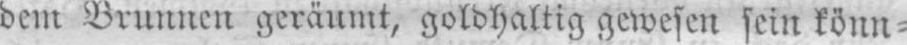
dem Brunnen geräumt, goldhaltig gewesen sein könn⸗